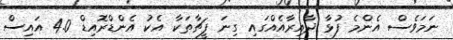
ނަމަވެސް އެންމެ ފުޅާ ދާއިރާއެއްގައި ގިނަ ފީޗާތަކާ އެކު އެންޑްރޮއިޑް 4.0 އައިސް